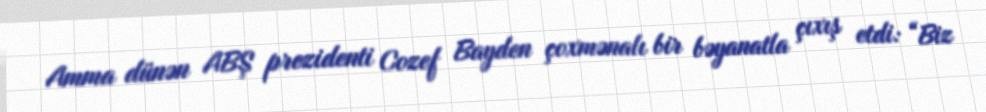
Amma dünən ABŞ prezidenti Cozef Bayden çoxmənalı bir bəyanatla çıxış etdi: “Biz